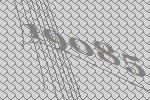
19085